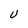
Character: U